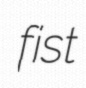
fist